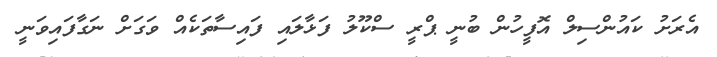
އެރަށު ކައުންސިލް އޮފީހުން ބުނީ ޕްރީ ސްކޫލު ފަޅާލައި ފައިސާތަކެއް ވަގަށް ނަގާފައިވަނީ